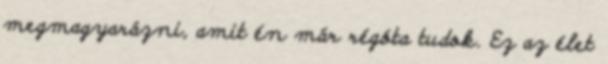
megmagyarázni, amit én már régóta tudok. Ez az élet